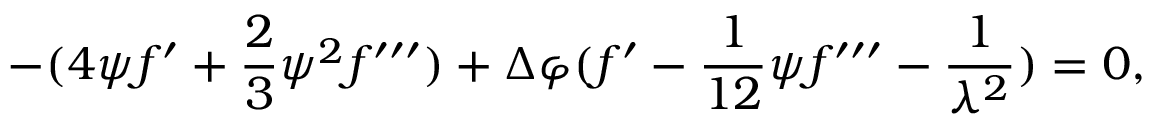
- ( 4 { \psi } f ^ { \prime } + { \frac { 2 } { 3 } } \psi ^ { 2 } f ^ { \prime \prime \prime } ) + \Delta \varphi ( f ^ { \prime } - { \frac { 1 } { 1 2 } } { \psi } f ^ { \prime \prime \prime } - { \frac { 1 } { \lambda ^ { 2 } } } ) = 0 ,